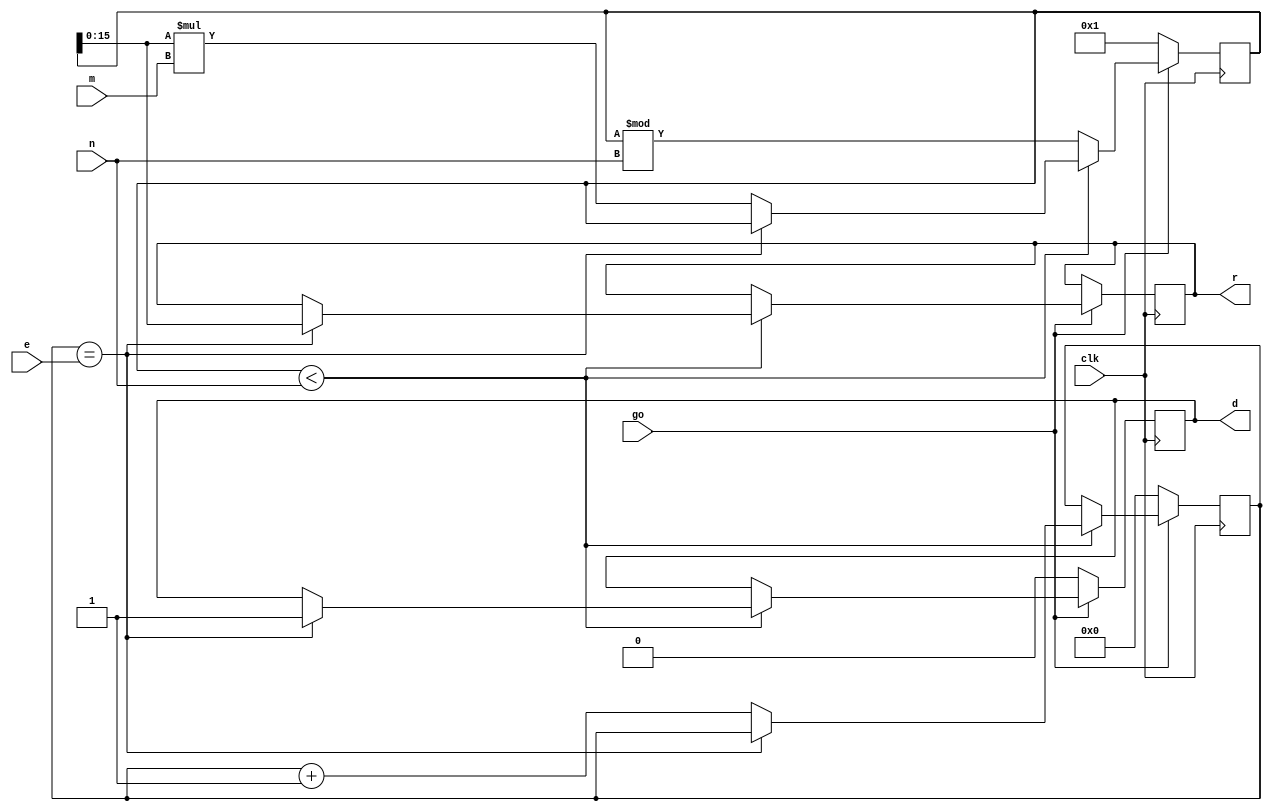
//ENCRIPTION.v - This is the encription hardware for project 3.
//
//
///////////////////////////////////////////////////////////////////////////

`define BITS 16

module RSA(
	input				clk,		// clock
	input				go,		// hardware go go go
	input	[`BITS-1:0]		m,		// message
	input	[`BITS-1:0]		e,		// exponent
	input	[`BITS-1:0]		n,		// modulous
			
	output	reg [`BITS-1:0]		r,		// post processing result
	output	reg			d		// done signal
	);
	
	reg 	[`BITS*2-1:0]		mr;		// message register
	reg	[`BITS-1:0]		i;		// index

	reg	[5:0] state, next;
	reg mod_inputs_valid;
	wire mod_done;
	wire [`BITS-1:0] mod_output;
	reg	mod_reset;
	
	parameter RESET 	= 6'b000001;
	parameter CHECK_MR 	= 6'b000010;
	parameter CHECK_EXP	= 6'b000100;
	parameter MOD 		= 6'b001000;
	parameter MULT 		= 6'b010000;
	parameter DONE 		= 6'b100000;
	
	/* always @(posedge clk or negedge go)
	begin
		if (~go)	state <= RESET;
		else		state <= next;
	end

	always	@*
	begin
		next = 6'bxxxxxx;
		case (state)
			RESET:	begin
						if (~go)	next = RESET;
						else		next = CHECK_MR;	
					end
					
			CHECK_MR: begin
						if (mr<n) 	next = CHECK_EXP;
						else		next = MOD;
					end
					
			CHECK_EXP: begin
						if (i==e)	next = DONE;
						else		next = MULT;
					end
			
			MULT:	begin
									next = CHECK_MR;
					end
					
			MOD:	begin
						if (mod_done) next = CHECK_MR;
						else		  next = MOD;
					end
					
			DONE:	begin
						next = DONE;
					end
		endcase
	end
	
	always @(posedge clk or negedge go)
	begin
		if (~go)
		begin
			i 	<= 0;
			mr 	<= 1;
			d 	<= 0;
			mod_inputs_valid <= 1'b0;
			r <= 0;
		end
		
		else
		begin
			// default outputs
			mod_inputs_valid 	<= 1'b0;
			d 					<= 0;
			mr					<= mr;
			i					<= i;
			r					<= 0;
			mod_reset			<= 1'b0;
			
			case (next)
				CHECK_MR, CHECK_EXP: ;	// default outputs;
				
				MULT:	begin	
							mr <= mr[`BITS-1:0] * m;
							i <= i+1'b1;
						end
						
				MOD:	begin
							mod_reset			<= 1'b1;
							mod_inputs_valid 	<= 1'b1;
							if (mod_done) mr 	<= mod_output;
						end
						
				DONE:	begin
							r <= mr[`BITS-1:0];
							d <= 1;
						end
			endcase
		end
	end */
							
	

	
	always @(posedge clk) begin
		if (~ go) begin
			i <= 0;
			mr <= 1;
			d <= 0;
			end
		else if (mr<n ) begin
			if (i==e) begin
				d <= 1;
				r <= mr[`BITS-1:0];
				end
			else begin
				mr <= mr[`BITS-1:0] * m;
				i <= i+1;
				end
			end
		else
		begin
			mr <= mr % n;
		end
	end

// mod_ip_core MODULUS (
  // .aresetn(mod_reset), // input aresetn
  // .aclk(clk), // input aclk
  // .s_axis_divisor_tvalid(mod_inputs_valid), // input s_axis_divisor_tvalid
  // .s_axis_divisor_tdata(n), // input [31 : 0] s_axis_divisor_tdata
  // .s_axis_dividend_tvalid(mod_inputs_valid), // input s_axis_dividend_tvalid
  // .s_axis_dividend_tdata(mr), // input [63 : 0] s_axis_dividend_tdata
  // .m_axis_dout_tvalid(mod_done), // output m_axis_dout_tvalid
  // .m_axis_dout_tdata(mod_output) // output [95 : 0] m_axis_dout_tdata	
// );
  endmodule